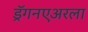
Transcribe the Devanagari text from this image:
ड्रॅगनएअरला